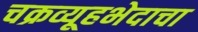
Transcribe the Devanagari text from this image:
चक्रव्यूहभेदाचा